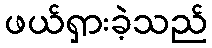
ဖယ်ရှားခဲ့သည်